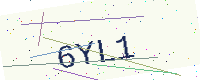
Text: 6YL1